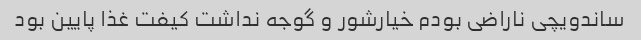
ساندویچی ناراضی بودم خیارشور و گوجه نداشت کیفت غذا پایین بود